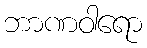
ဘာဏဝါရော